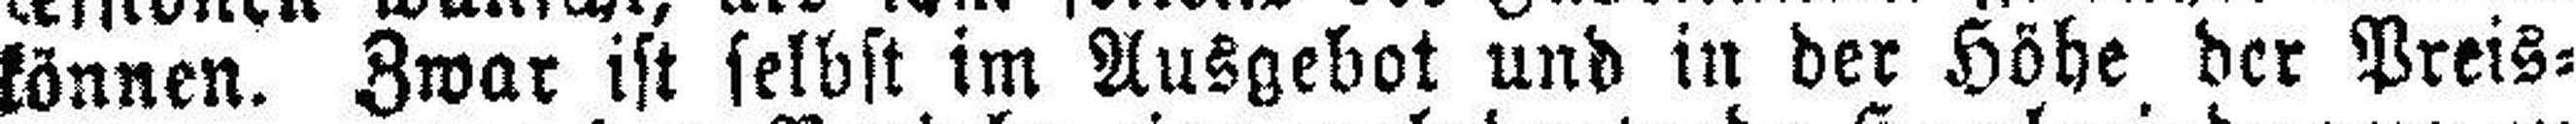
können. Zwar ist selbst im Ausgebot und in der Höhe der Preis¬